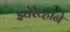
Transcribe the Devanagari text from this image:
झ्वेरेव्हाने